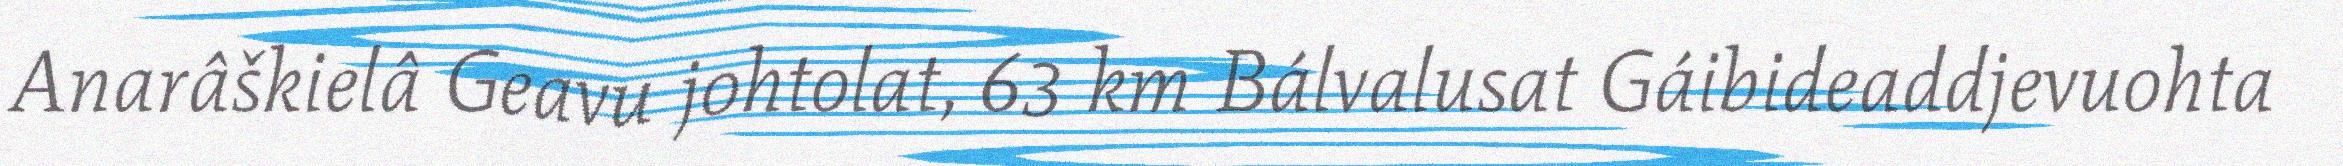
Anarâškielâ Geavu johtolat, 63 km Bálvalusat Gáibideaddjevuohta